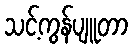
သင့်ကွန်ပျူတာ